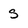
Character: S